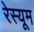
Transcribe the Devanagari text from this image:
रेस्यूम